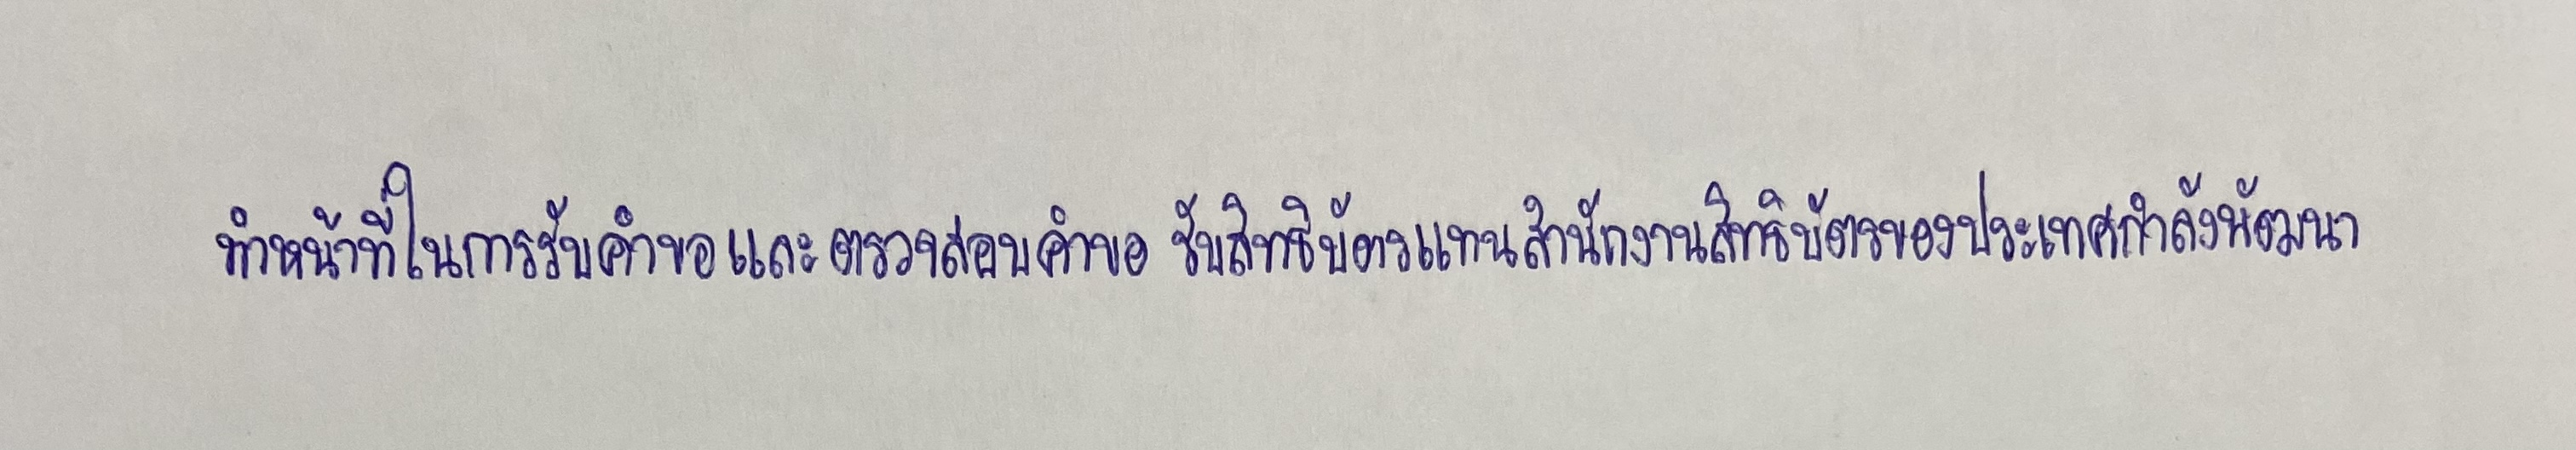
ทำหน้าที่ในการรับคำขอและตรวจสอบคำขอรับสิทธิบัตรแทนสำนักงานสิทธิบัตรของประเทศกำลังพัฒนา